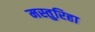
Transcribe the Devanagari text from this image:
मस्तुरिहा